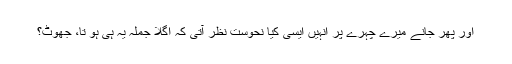
اور پھر جانے میرے چہرے پر انہیں ایسی کیا نحوست نظر آتی کہ اگلا جملہ یہ ہی ہو تا، جھوٹ؟